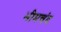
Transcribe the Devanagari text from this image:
भीमचंद